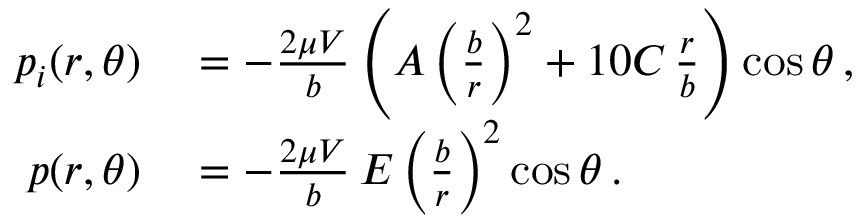
\begin{array} { r l } { p _ { i } ( r , \theta ) } & { { } = - \frac { 2 \mu V } { b } \left( A \left( \frac { b } { r } \right) ^ { 2 } + 1 0 C \, \frac { r } { b } \right) \cos \theta \, , } \\ { p ( r , \theta ) } & { { } = - \frac { 2 \mu V } { b } \, E \left( \frac { b } { r } \right) ^ { 2 } \cos \theta \, . } \end{array}